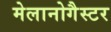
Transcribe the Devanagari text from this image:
मेलानोगैस्टर